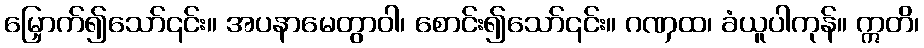
မြှောက်၍သော်၎င်း။ အပနာမေတွာဝါ၊ စောင်း၍သော်၎င်း။ ဂဏှထ၊ ခံယူပါကုန်။ ဣတိ၊